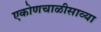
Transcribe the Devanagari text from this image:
एकोणचाळीसाव्या